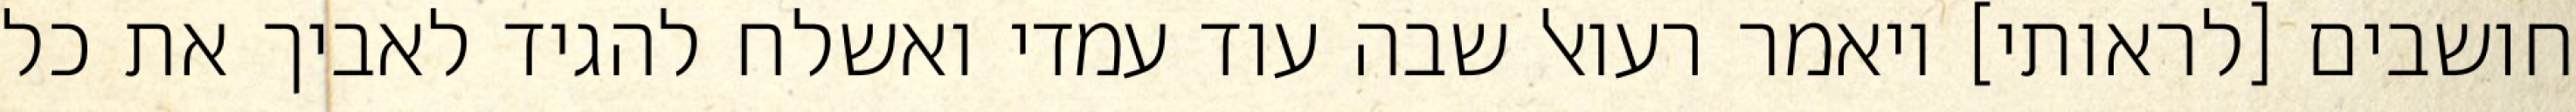
חושבים [לראותי] ויאמר רעואל שבה עוד עמדי ואשלח להגיד לאביך את כל